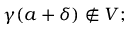
\gamma ( a + \delta ) \notin V ;